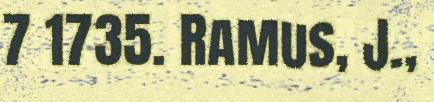
7 1735. Ramus, J.,